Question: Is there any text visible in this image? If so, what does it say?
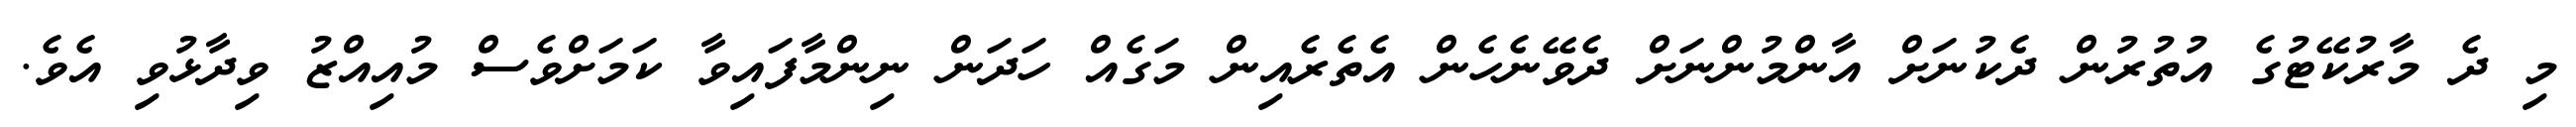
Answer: މި ދެ މާރުކޭޓުގެ އުތުރުން ދެކުނަށް އާންމުންނަށް ދެވޭނެހެން އެތެރެއިން މަގެއް ހަދަން ނިންމާފައިވާ ކަމަށްވެސް މުއިއްޒު ވިދާޅުވި އެވެ.